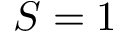
S = 1